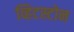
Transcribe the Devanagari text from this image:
व्हिटस्टोन